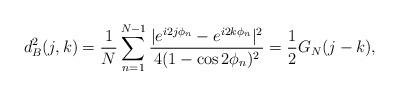
LaTeX: \begin{align*}d^2_B(j,k)&=\frac{1}{N}\sum_{n=1}^{N-1}\frac{|e^{i2j\phi_n}-e^{i2k\phi_n}|^2}{4(1-\cos2\phi_n)^2}=\frac{1}{2}G_N(j-k),\end{align*}